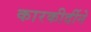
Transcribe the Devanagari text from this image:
कारकीर्दीने